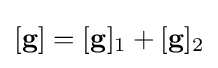
[\mathbf {g} ]=[\mathbf {g} ]_{1}+[\mathbf {g} ]_{2}